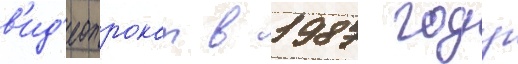
в'ид'еопрокат в 1987 году